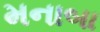
મનાબા